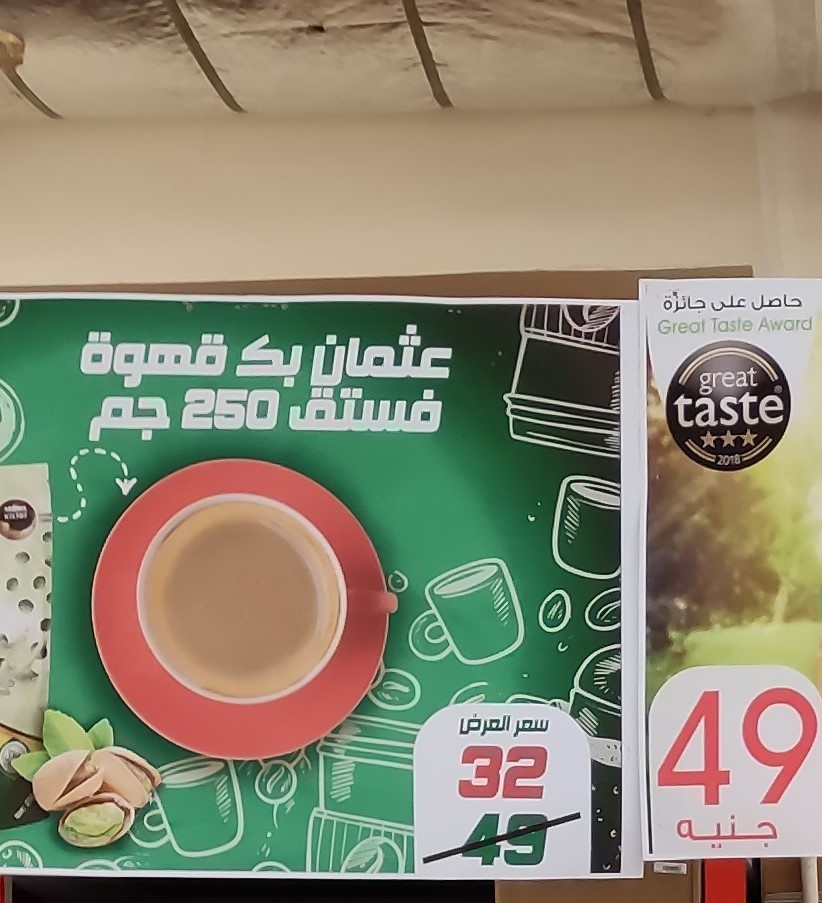
Text in image: حاصل على جائزة عثمان قهوة بكـ فستق جم العرض سعر جنيه Award Great Taste great taste 250 2018 49 32 49